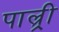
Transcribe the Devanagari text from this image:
पाल्र्री